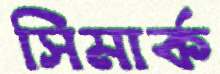
সিমার্ক